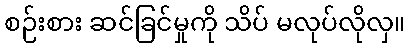
စဉ်းစား ဆင်ခြင်မှုကို သိပ် မလုပ်လိုလှ။